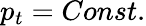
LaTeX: p_{t}=Const.